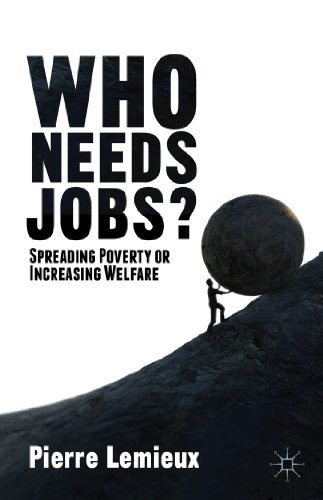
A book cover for Who Needs Jobs?: Spreading Poverty or Increasing Welfare; Pierre Lemieux; Business & Money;